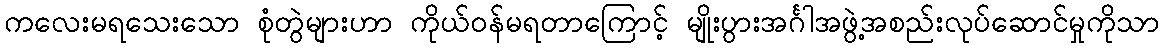
ကလေးမရသေးသော စုံတွဲများဟာ ကိုယ်ဝန်မရတာကြောင့် မျိုးပွားအင်္ဂါအဖွဲ့အစည်းလုပ်ဆောင်မှုကိုသာ